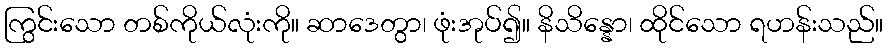
ကြွင်းသော တစ်ကိုယ်လုံးကို။ ဆာဒေတွာ၊ ဖုံးအုပ်၍။ နိသိန္နော၊ ထိုင်သော ရဟန်းသည်။